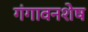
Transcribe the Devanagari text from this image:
गंगावनशेष